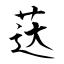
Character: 荙